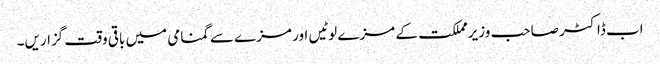
اب ڈاکٹر صاحب وزیرمملکت کے مزے لوٹیں اور مزے سے گمنامی میں باقی وقت گزاریں۔